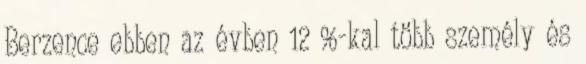
Berzence ebben az évben 12 %-kal több személy és